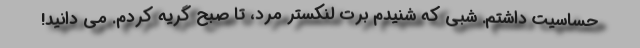
حساسيت داشتم. شبى كه شنيدم برت لنكستر مرد، تا صبح گريه كردم. مى دانيد!